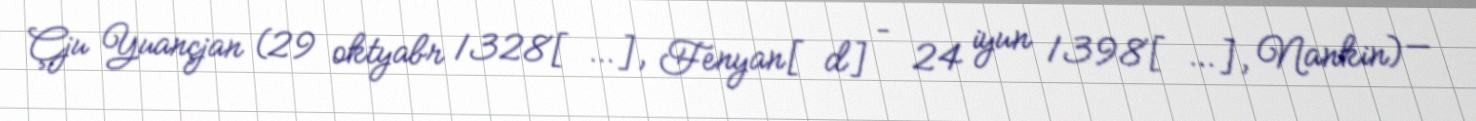
Çju Yuançjan (29 oktyabr 1328[…], Fenyan[d] – 24 iyun 1398[…], Nankin) —